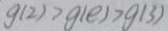
g ( 2 ) > g ( e ) > g ( 3 )